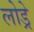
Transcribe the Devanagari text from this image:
लोड्रे